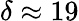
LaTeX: \delta\approx 19